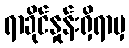
ရာခိုင်နှုန်းရှိရာမှ